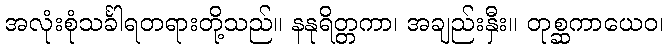
အလုံးစုံသင်္ခါရတရားတို့သည်။ နနုရိတ္တကာ၊ အချည်းနှီး။ တုစ္ဆကာယေဝ၊